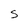
Character: S